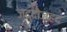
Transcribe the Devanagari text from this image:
ज़द्दोज़हद